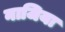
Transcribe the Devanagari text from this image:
नाजिया